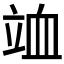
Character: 𥩹